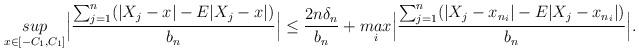
LaTeX: \begin{align*}& \underset{x \in [-C_1, C_1]}{sup} \Big| \frac{\sum_{j=1}^n (|X_j -x| - E|X_j -x|)}{b_n} \Big| \le \frac{2n\delta_n}{b_n} + \underset{i}{max}\Big| \frac{\sum_{j=1}^n (|X_j -x_{n_i}| - E|X_j -x_{n_i}|)}{b_n} \Big|.\end{align*}